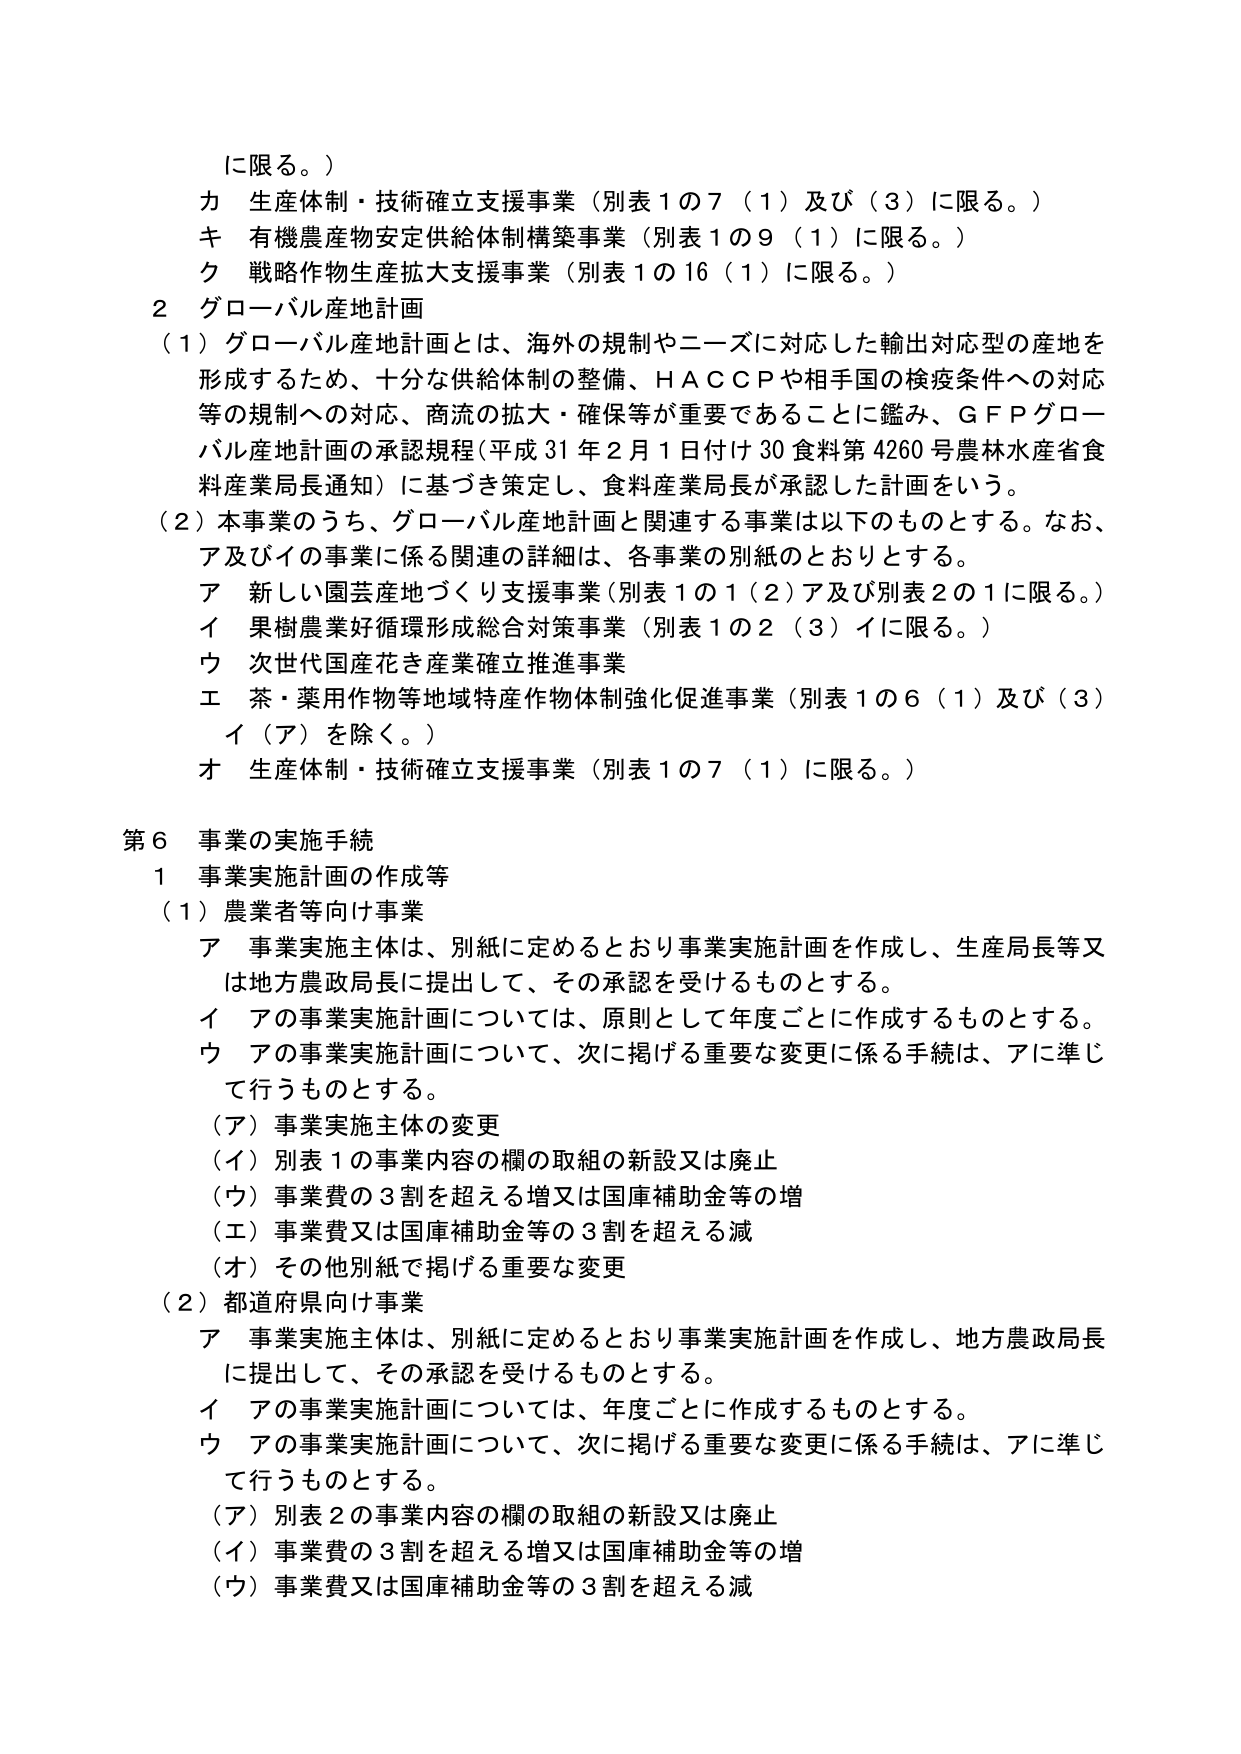
に限る。）
カ 生産体制・技術確立支援事業（別表１の７（１）及び（３）に限る。）
キ 有機農産物安定供給体制構築事業（別表１の９（１）に限る。）
ク 戦略作物生産拡大支援事業（別表１の16（１）に限る。）
２ グローバル産地計画
（１）グローバル産地計画とは、海外の規制やニーズに対応した輸出対応型の産地を
形成するため、十分な供給体制の整備、ＨＡＣＣＰや相手国の検疫条件への対応
等の規制への対応、商流の拡大・確保等が重要であることとに鑑み、ＧＦＰグロー
バル産地計画の承認規程（平成31年2月1日付け30食料第4260号農林水産省食
料産業局長通知）に基づき策定し、食料産業局長が承認した計画をいう。
（２）本事業のうち、グローバル産地計画と関連する事業は以下のものとする。なお、
ア及びイの事業に係る関連の詳細は、各事業の別紙のとおりとする。
ア 新しい園芸産地づくり支援事業（別表１の１（２）ア及び別表２の１に限る。）
イ 果樹農業好循環形成総合対策事業（別表１の２（３）イに限る。）
ウ 次世代国産花き産業確立推進事業
エ 茶・薬用作物等地域特産作物体制強化促進事業（別表１の６（１）及び（３）
イ（ア）を除く。）
オ 生産体制・技術確立支援事業（別表１の７（１）に限る。）
第６ 事業の実施手続
１ 事業実施計画の作成等
（１）農業者等向け事業
ア 事業実施主体は、別紙に定めるとおり事業実施計画を作成し、生産局長等又
は地方農政局長に提出して、その承認を受けるものとする。
イ アの事業実施計画については、原則として年度ごとに作成するものとする。
ウ アの事業実施計画について、次に掲げる重要な変更に係る手続は、アに準じ
て行うものとする。
（ア）事業実施主体の変更
（イ）別表１の事業内容の欄の取組の新設又は廃止
（ウ）事業費の３割を超える増又は国庫補助金等の増
（エ）事業費又は国庫補助金等の３割を超える減
（オ）その他別紙で掲げる重要な変更
（２）都道府県向け事業
ア 事業実施主体は、別紙に定めるとおり事業実施計画を作成し、地方農政局長
に提出して、その承認を受けるものとする。
イ アの事業実施計画については、年度ごとに作成するものとする。
ウ アの事業実施計画について、次に掲げる重要な変更に係る手続は、アに準じ
て行うものとする。
（ア）別表２の事業内容の欄の取組の新設又は廃止
（イ）事業費の３割を超える増又は国庫補助金等の増
（ウ）事業費又は国庫補助金等の３割を超える減